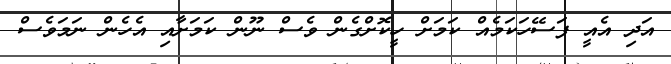
އަދި އެއީ ފަސޭހަކަމެއް ކަމަށް ހީކޮށްގެން ވެސް ނޫން ކަމަށާއި އެހެން ނަމަވެސް